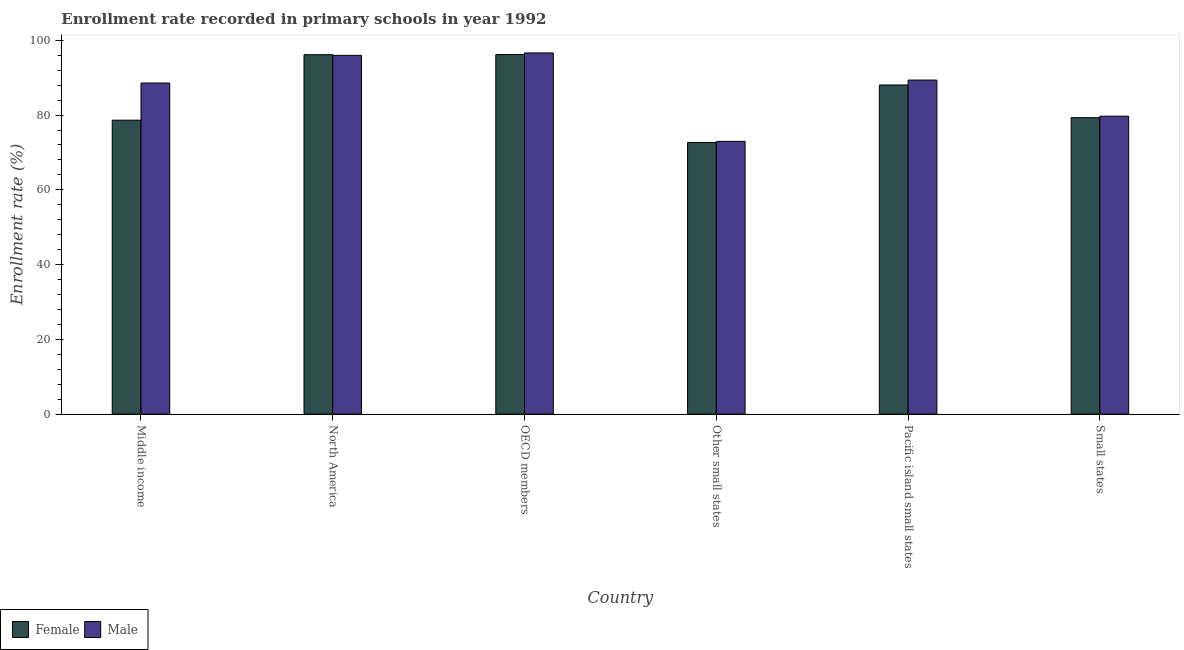
| Country | Female | Male |
 | --- | --- | --- |
 | Middle income | 78.6 | 88.6 |
 | North America | 96.1 | 96 |
 | OECD members | 96.2 | 96.6 |
 | Other small states | 72.7 | 73 |
 | Pacific island small states | 88.1 | 89.4 |
 | Small states | 79.3 | 79.7 |